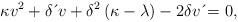
LaTeX: \begin{align*}\kappa v^{2}+\delta \,\acute{}\,v+\delta^{2}\left( \kappa-\lambda \right) -2\delta v\,\acute{}=0, \end{align*}